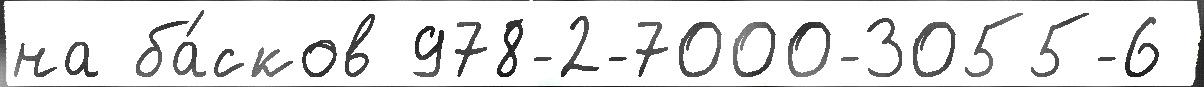
на ба́сков 978-2-7000-3055-6